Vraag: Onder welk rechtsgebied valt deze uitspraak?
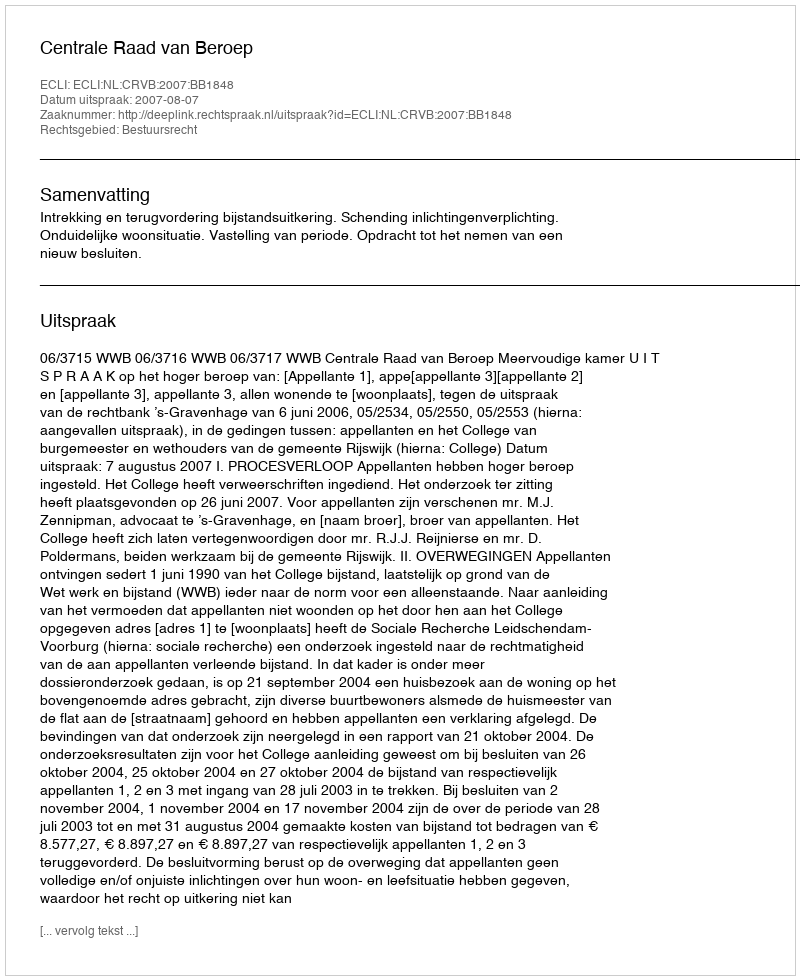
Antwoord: Bestuursrecht